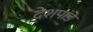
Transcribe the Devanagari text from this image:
देेशपांडे